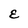
Character: E